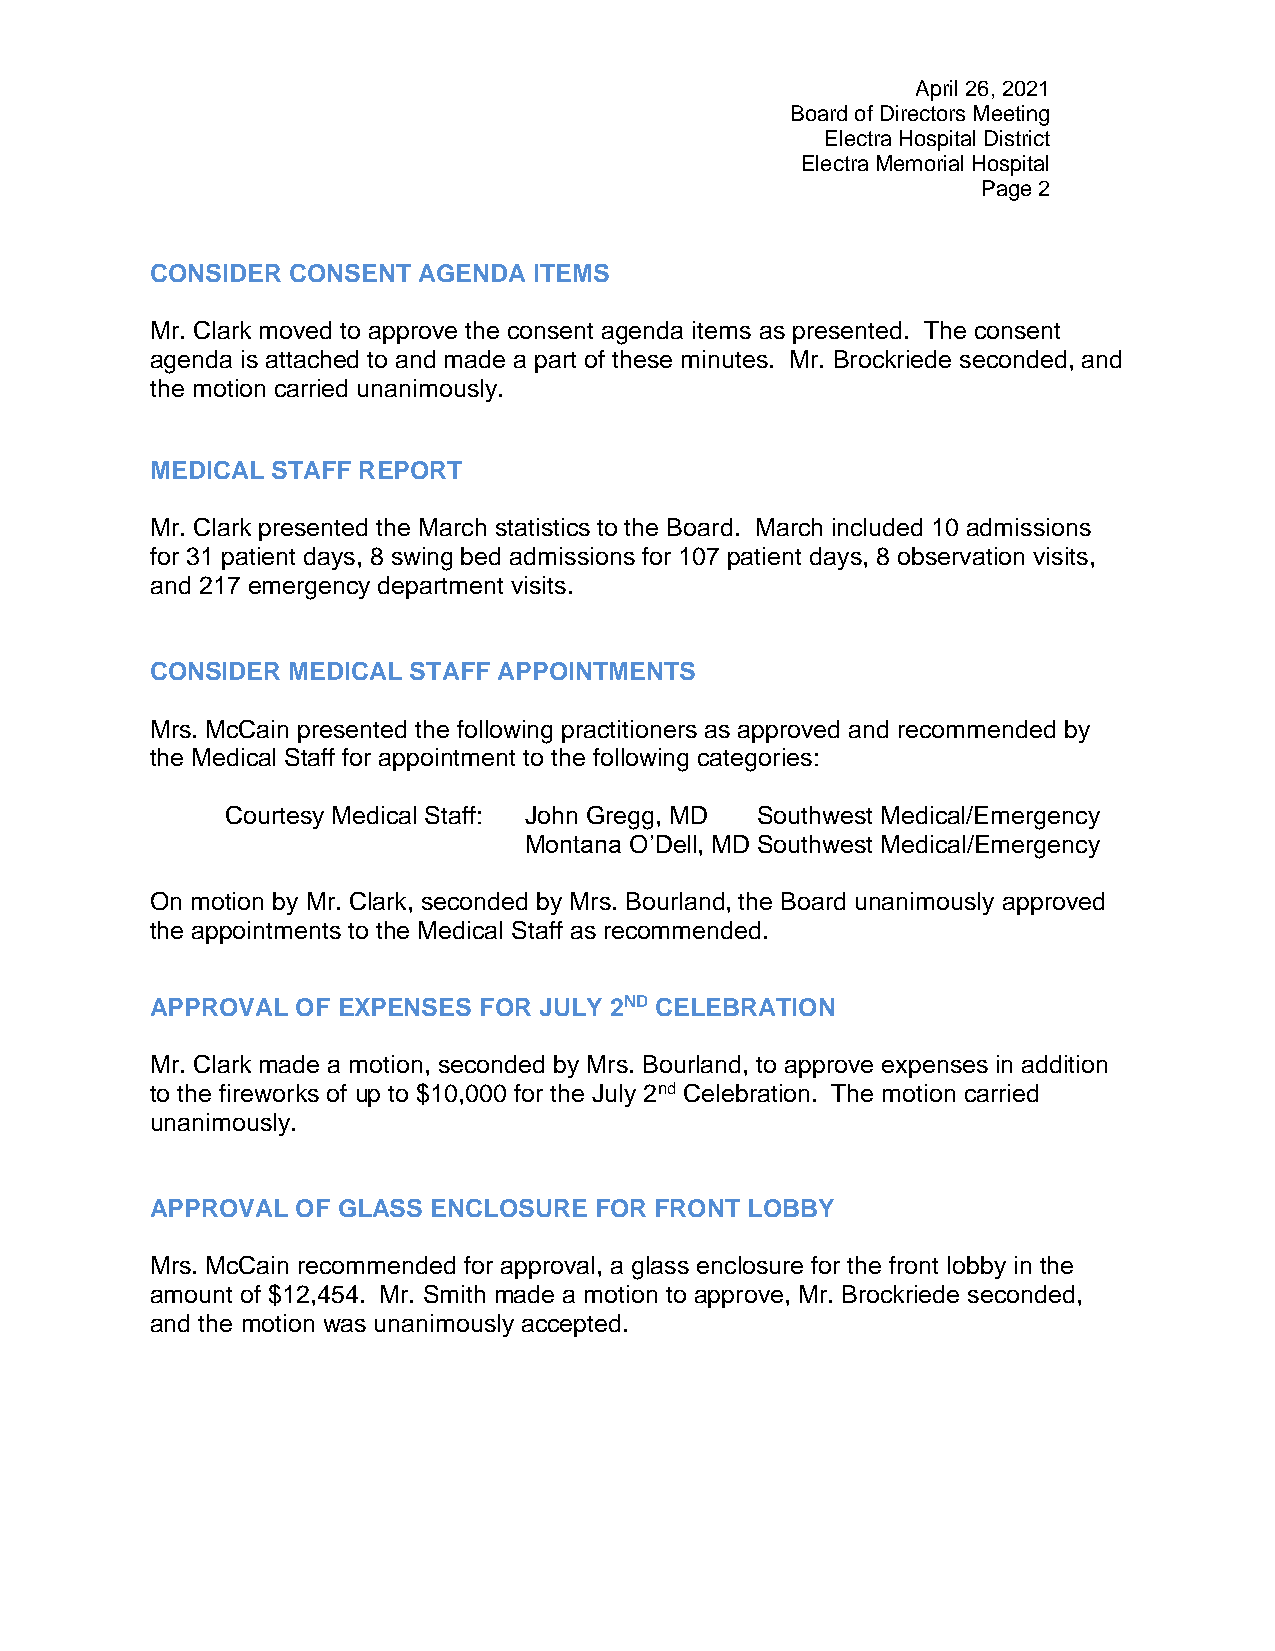
April 26, 2021
 Board of Directors Meeting
 Electra Hospital District
 Electra Memorial Hospital
 Page 2
 CONSIDER CONSENT  AGENDA ITEMS
 Mr. Clark moved to approve the consent agenda items as presented. The consent
 agenda is attached to and made a part of these minutes. Mr. Brockriede seconded, and
 the motion carried unanimously.
 MEDICAL STAFF REPORT
 Mr. Clark presented the March statistics to the Board. March included 10 admissions
 for 31 patient days, 8 swing bed admissions for 107 patient days, 8 observation visits,
 and 217 emergency department visits.
 CONSIDER MEDICAL STAFF APPOINTMENTS
 Mrs. McCain presented the following practitioners as approved and recommended by
 the Medical Staff for appointment to the following categories:
 Courtesy Medical Staff: John Gregg, MD Southwest Medical/Emergency
 Montana O’Dell, MD Southwest Medical/Emergency
 On motion by Mr. Clark, seconded by Mrs. Bourland, the Board unanimously approved
 the appointments to the Medical Staff as recommended.
 APPROVAL  OF EXPENSES FOR JULY 2ND CELEBRATION
 Mr. Clark made a motion, seconded by Mrs. Bourland, to approve expenses in addition
 to the fireworks of up to $10,000 for the July 2nd Celebration. The motion carried
 unanimously.
 APPROVAL  OF GLASS ENCLOSURE FOR FRONT LOBBY
 Mrs. McCain recommended for approval, a glass enclosure for the front lobby in the
 amount of $12,454. Mr. Smith made a motion to approve, Mr. Brockriede seconded,
 and the motion was unanimously accepted.